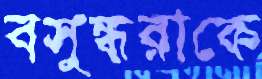
বসুন্ধরাকে